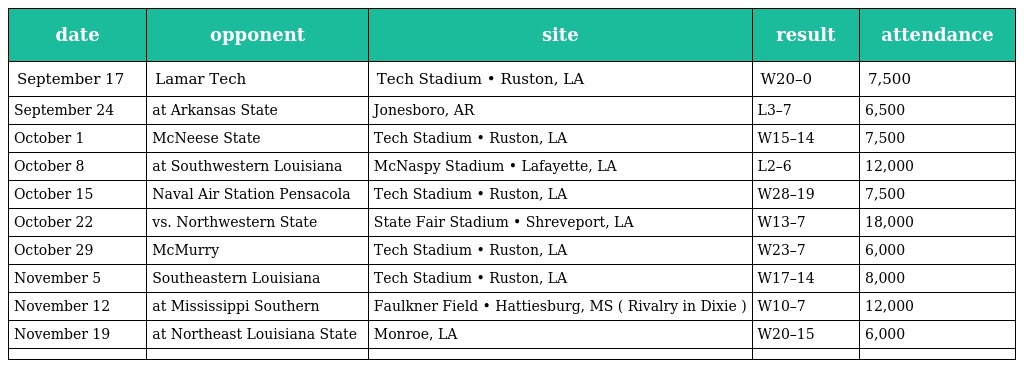
| date | opponent | site | result | attendance |
 | --- | --- | --- | --- | --- |
 | September 17 | Lamar Tech | Tech Stadium • Ruston, LA | W20–0 | 7,500 |
 | September 24 | at Arkansas State | Jonesboro, AR | L3–7 | 6,500 |
 | October 1 | McNeese State | Tech Stadium • Ruston, LA | W15–14 | 7,500 |
 | October 8 | at Southwestern Louisiana | McNaspy Stadium • Lafayette, LA | L2–6 | 12,000 |
 | October 15 | Naval Air Station Pensacola | Tech Stadium • Ruston, LA | W28–19 | 7,500 |
 | October 22 | vs. Northwestern State | State Fair Stadium • Shreveport, LA | W13–7 | 18,000 |
 | October 29 | McMurry | Tech Stadium • Ruston, LA | W23–7 | 6,000 |
 | November 5 | Southeastern Louisiana | Tech Stadium • Ruston, LA | W17–14 | 8,000 |
 | November 12 | at Mississippi Southern | Faulkner Field • Hattiesburg, MS ( Rivalry in Dixie ) | W10–7 | 12,000 |
 | November 19 | at Northeast Louisiana State | Monroe, LA | W20–15 | 6,000 |
 |  |  |  |  |  |